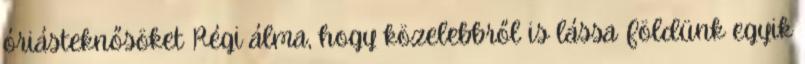
óriásteknősöket Régi álma, hogy közelebbről is lássa Földünk egyik